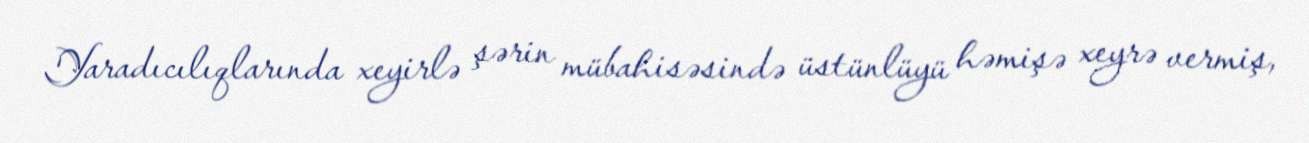
Yaradıcılıqlarında xeyirlə şərin mübahisəsində üstünlüyü həmişə xeyrə vermiş,